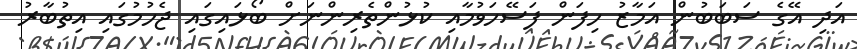
އަދި އޭގެ ސަބަބުން އަމާޒު ހިފަން ފަސޭހަވުމާއި ކުޅުންތެރިންނަށް ބޯޅައިގައި ޖެހުމުގައި އިތުބާރު